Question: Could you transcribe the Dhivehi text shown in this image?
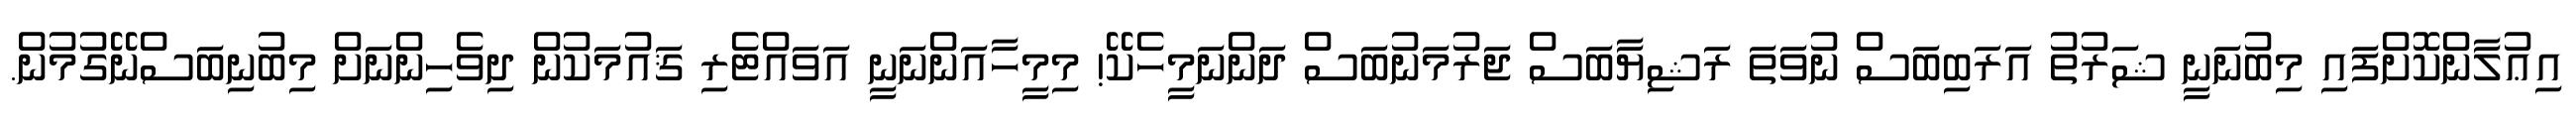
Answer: އިޢުލާންކޮށްފައި މިބުނަނީ ޝަރުތު އަރަބިބަސް ނުވަތަ ރަޝިޔާބަސް ޖަރުމަނުބަސް ދަންނަމީހެކޭ! މިމީހާއަންނަނީ އަވައްޓެރި ޤައުމަކުން ދިވެހިންނަށް މިބުނިބަސްނޭގުމުން.